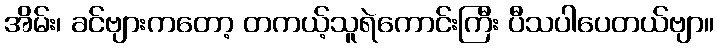
အိမ်း၊ ခင်ဗျားကတော့ တကယ့်သူရဲကောင်းကြီး ပီသပါပေတယ်ဗျာ။